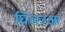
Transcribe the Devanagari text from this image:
घिलउआ